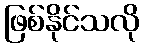
ဖြစ်နိုင်သလို